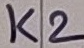
Text: K2